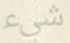
شيء